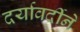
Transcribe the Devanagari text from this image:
दर्यावर्दीने